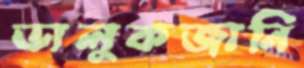
ভালুকজানি